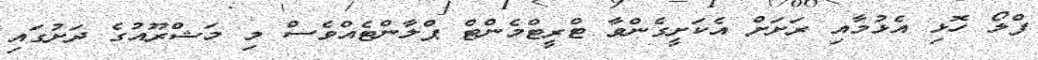
ފްލޯ ހޮޅި އެޅުމާއި ރަށަށް އެކަށީގެންވާ ޓްރީޓްމެންޓް ޕްލާންޓެއްވެސް މި މަޝްރޫއުގެ ދަށުގައި